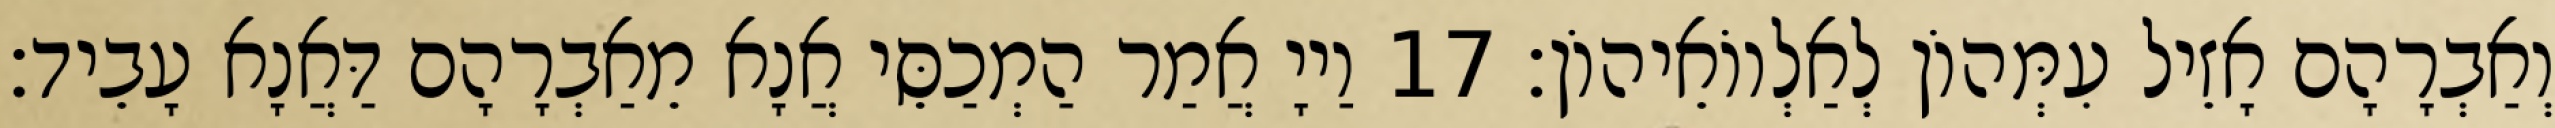
וְאַבְרָהָם אָזֵיל עִמְּהוֹן לְאַלְווֹאֵיהוֹן׃ 17 וַייָ אֲמַר הַמְכַסֵּי אֲנָא מֵאַבְרָהָם דַּאֲנָא עָבֵיד׃